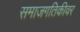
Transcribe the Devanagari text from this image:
समाजगतिकीवर